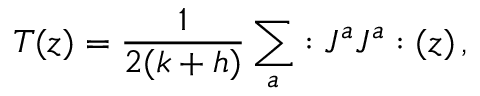
T ( z ) = \frac { 1 } { 2 ( k + h ) } \sum _ { a } : J ^ { a } J ^ { a } : ( z ) \, ,